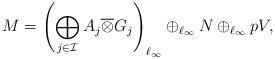
LaTeX: \begin{align*} M = \left(\bigoplus_{j\in \mathcal{I}} A_j \overline{\otimes} G_j \right)_{\ell_{\infty}} \oplus_{\ell_{\infty}} N \oplus_{\ell_{\infty}} p V,\end{align*}